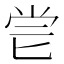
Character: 𠤝